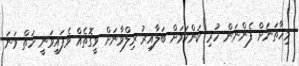
މިހާތަނަށް ފެންނަން ހުރި ކަންކަމަށް ބަލާއިރު ރިލްވާނަށް ވީގޮތެއް ވެފައިވަނީ ހަތް ވަނަ